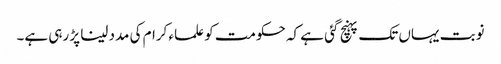
نوبت یہاں تک پہنچ گئی ہے کہ حکومت کو علماء کرام کی مدد لینا پڑ رہی ہے۔